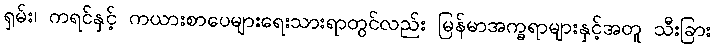
ရှမ်း၊ ကရင်နှင့် ကယားစာပေများရေးသားရာတွင်လည်း မြန်မာအက္ခရာများနှင့်အတူ သီးခြား